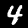
Label: 4